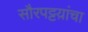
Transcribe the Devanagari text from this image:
सौरपट्टय़ांचा